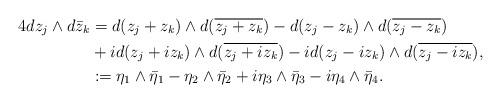
LaTeX: \begin{align*}4 dz_j \wedge d\bar z_k &= d(z_j + z_k) \wedge d(\overline{ z_j + z_k}) - d(z_j-z_k) \wedge d(\overline{z_j-z_k})\\&+id(z_j + i z_k) \wedge d(\overline{z_j + i z_k}) - i d(z_j - i z_k) \wedge d(\overline{z_j - i z_k}),\\&:= \eta_1\wedge \bar \eta_1 - \eta_2\wedge \bar \eta_2 + i \eta_3\wedge \bar \eta_3 - i \eta_4\wedge \bar \eta_4 .\end{align*}